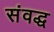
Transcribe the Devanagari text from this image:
संवद्ध